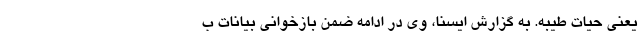
یعنی حیات طیبه. به گزارش ایسنا، وی در ادامه ضمن بازخوانی بیانات ب